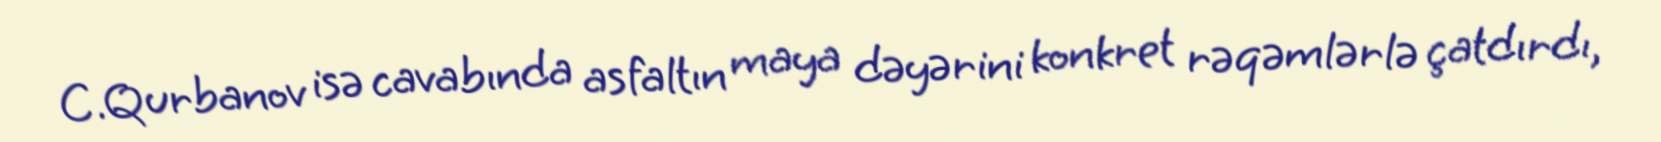
C.Qurbanov isə cavabında asfaltın maya dəyərini konkret rəqəmlərlə çatdırdı,